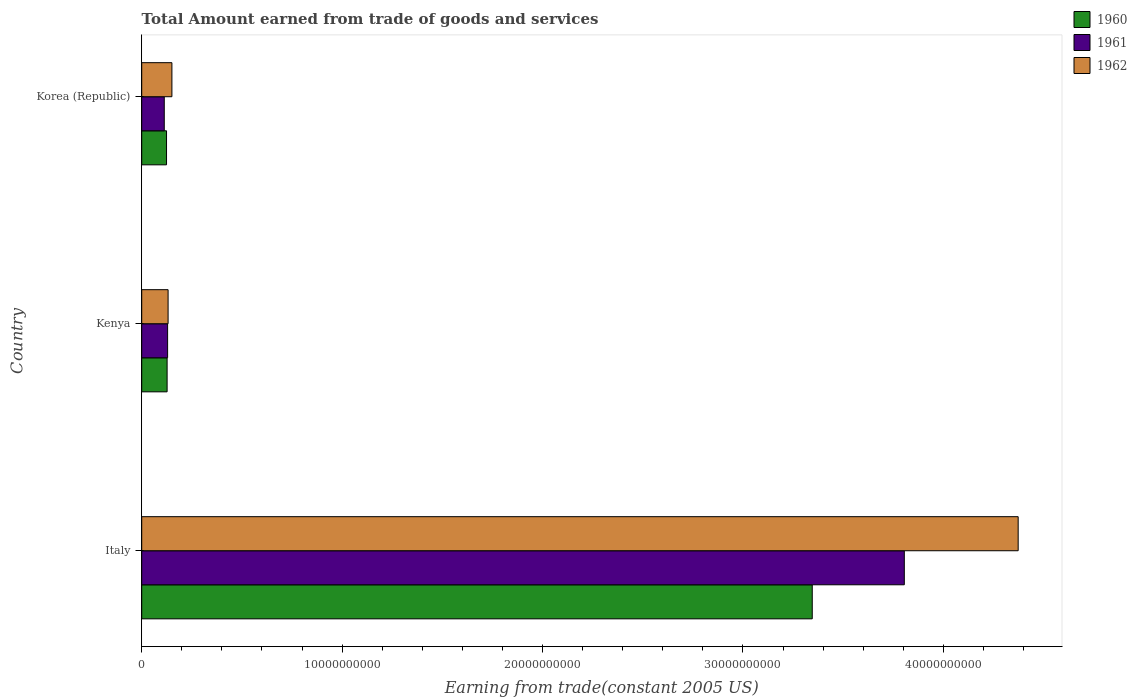
| Country | 1960 | 1961 | 1962 |
 | --- | --- | --- | --- |
 | Italy | 3.35e+10 | 3.81e+10 | 4.37e+10 |
 | Kenya | 1.27e+09 | 1.29e+09 | 1.32e+09 |
 | Korea (Republic) | 1.24e+09 | 1.12e+09 | 1.51e+09 |